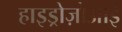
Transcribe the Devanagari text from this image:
हाइड्रोज़ोआई